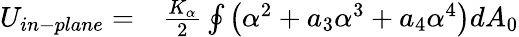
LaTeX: \begin{array}{rl}{U_{in-plane}=}&{{}\frac{K_{\alpha}}{2}\oint{\left(\alpha^{2}+a_{3}\alpha^{3}+a_{4}\alpha^{4}\right)dA_{0}}}\end{array}